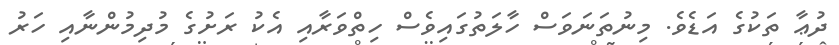
ދުޢާ ތަކުގެ އަޑެވެ. މިނުތަނަވަސް ހާލަތުގައިވެސް ހިތްވަރާއި އެކު ރަށުގެ މުދިމުންނާއި ހަރު